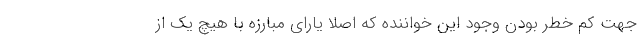
جهت کم خطر بودن وجود این خواننده که اصلا یارای مبارزه با هیچ یک از